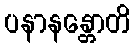
ပနာနန္တောတိ